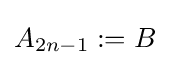
A_{2n-1}:=B